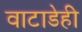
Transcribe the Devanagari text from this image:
वाटाडेही